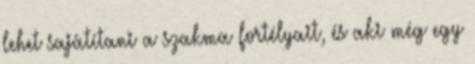
lehet sajátítani a szakma fortélyait, és aki még egy